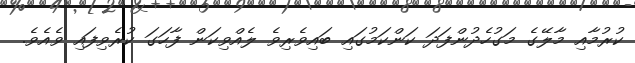
ކުރުމާއި މާލޭގެ މަގުހެދުންފަދަ ކަންކަމުގައި ބައިވެރިވެ ލެއްވިކަން ފާހަގަ ކުރެވިފައިި ވެއެވެ.